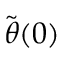
\tilde { { \boldsymbol { \theta } } } ( 0 )